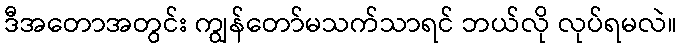
ဒီအတောအတွင်း ကျွန်တော်မသက်သာရင် ဘယ်လို လုပ်ရမလဲ။